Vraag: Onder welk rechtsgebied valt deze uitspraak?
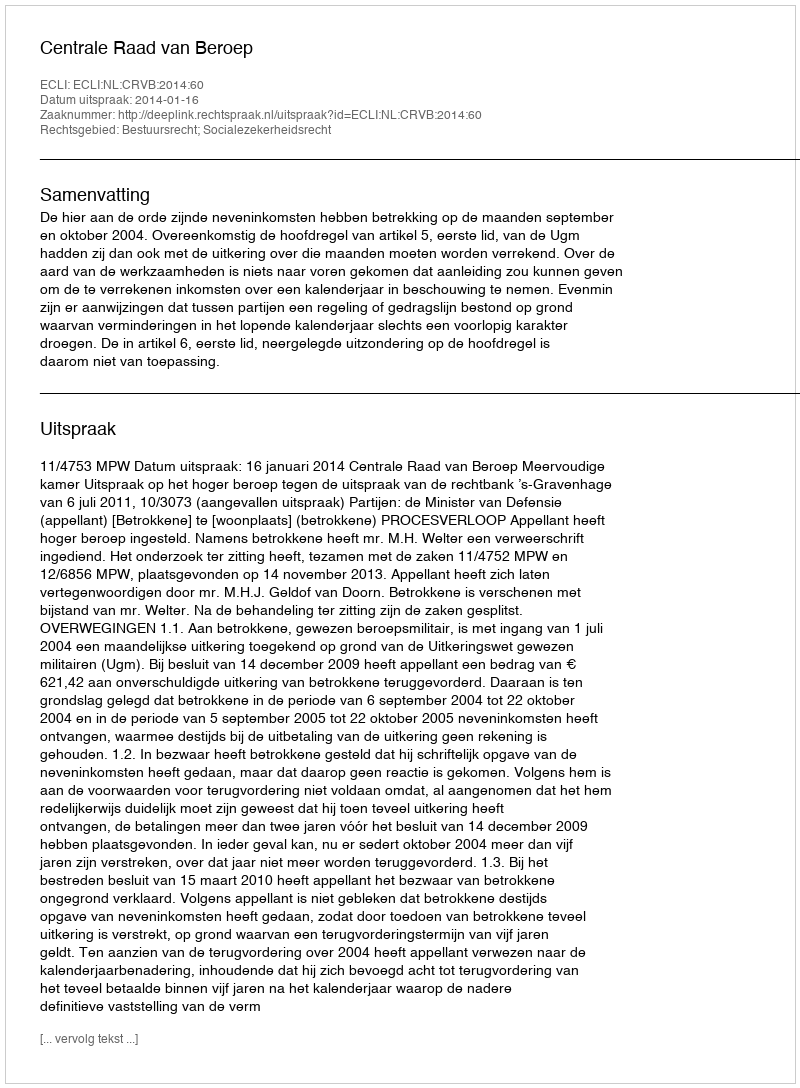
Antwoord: Bestuursrecht; Socialezekerheidsrecht